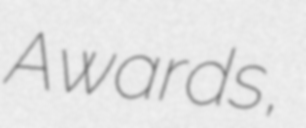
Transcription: Awards,